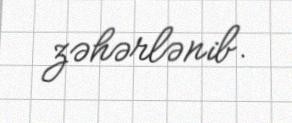
zəhərlənib.